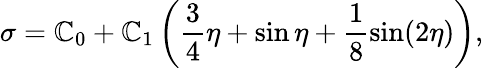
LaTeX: \sigma=\mathbb{C}_{0}+\mathbb{C}_{1}\left(\frac{{3}}{{4}}\eta+\sin\eta+\frac{{1}}{{8}}\sin(2\eta)\right),